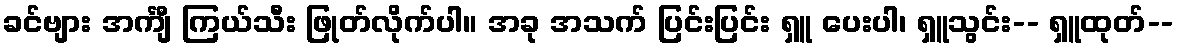
ခင်ဗျား အင်္ကျီ ကြယ်သီး ဖြုတ်လိုက်ပါ။ အခု အသက် ပြင်းပြင်း ရှူ ပေးပါ၊ ရှူသွင်း-- ရှူထုတ်--